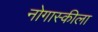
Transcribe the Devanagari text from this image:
नोगास्कीला